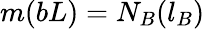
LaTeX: m(bL)=N_{B}(l_{B})